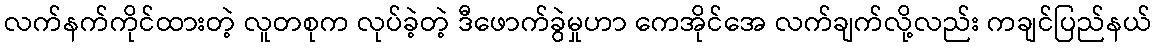
လက်နက်ကိုင်ထားတဲ့ လူတစုက လုပ်ခဲ့တဲ့ ဒီဖောက်ခွဲမှုဟာ ကေအိုင်အေ လက်ချက်လို့လည်း ကချင်ပြည်နယ်